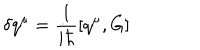
LaTeX: \delta q ^ { \mu } = \frac { 1 } { i \hbar } \left[ q ^ { \mu } , G \right]